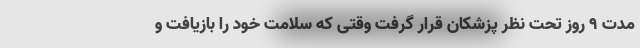
مدت ۹ روز تحت نظر پزشکان قرار گرفت وقتی که سلامت خود را بازیافت و